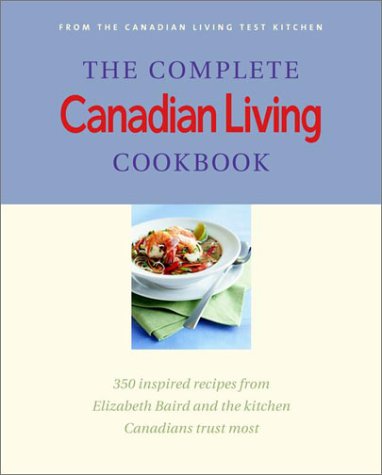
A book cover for The Complete Canadian Living Cookbook: 350 Inspired Recipes from Elizabeth Baird and the Kitchen Canadians Trust Most; Elizabeth Baird; Cookbooks, Food & Wine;